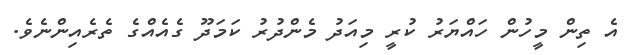
އެ ތިން މީހުން ހައްޔަރު ކުރީ މިއަދު މެންދުރު ކަމަދޫ ގެއެއްގެ ތެރެއިންނެވެ.